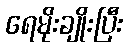
ရေမိုးချိုးပြီး